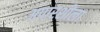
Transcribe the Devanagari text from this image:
अपारशीला